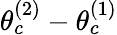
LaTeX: \theta_{c}^{(2)}-\theta_{c}^{(1)}